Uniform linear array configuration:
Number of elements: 24
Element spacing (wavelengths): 0.75
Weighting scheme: blackman
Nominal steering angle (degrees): -30
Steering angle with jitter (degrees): -29.311
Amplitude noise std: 0.05
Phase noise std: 0.05

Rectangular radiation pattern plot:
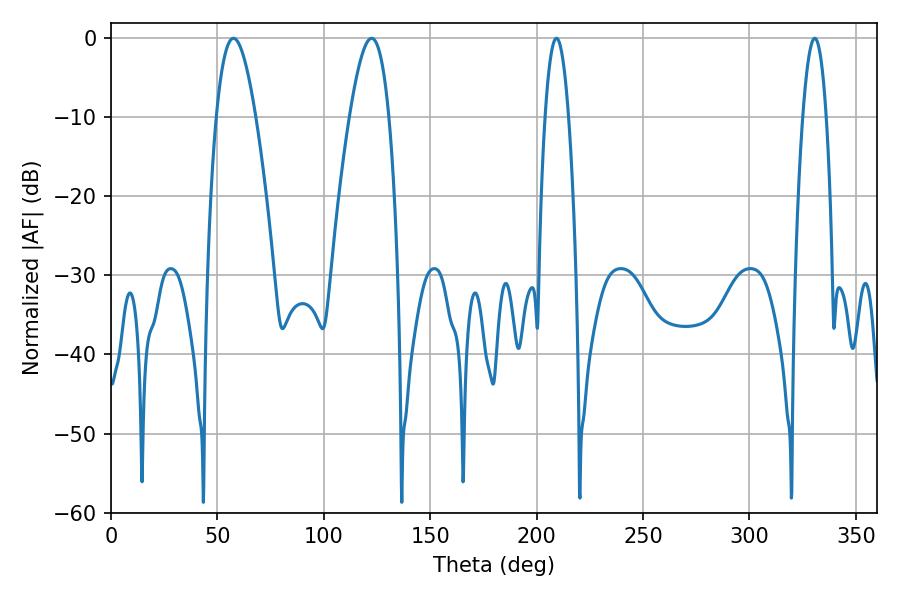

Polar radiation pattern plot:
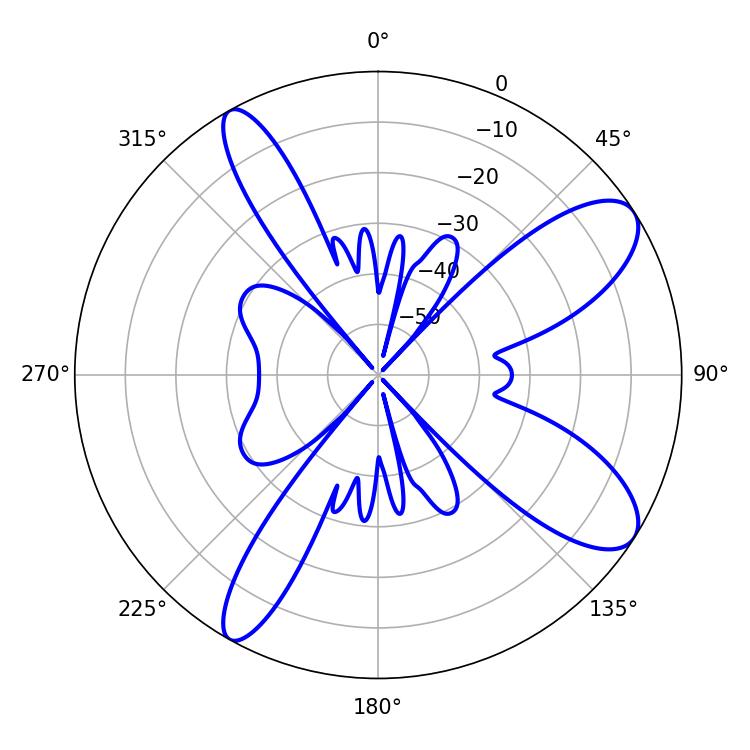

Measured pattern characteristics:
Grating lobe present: TRUE
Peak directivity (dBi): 9.794
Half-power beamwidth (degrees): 6.12
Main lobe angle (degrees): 209.34